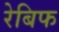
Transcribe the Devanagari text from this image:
रेबिफ